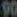
90